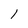
Character: l